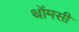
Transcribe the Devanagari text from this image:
थॉमसी